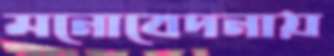
মনোবেদনায়